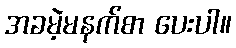
အခမဲ့မနက်စာ ပေးပါ။